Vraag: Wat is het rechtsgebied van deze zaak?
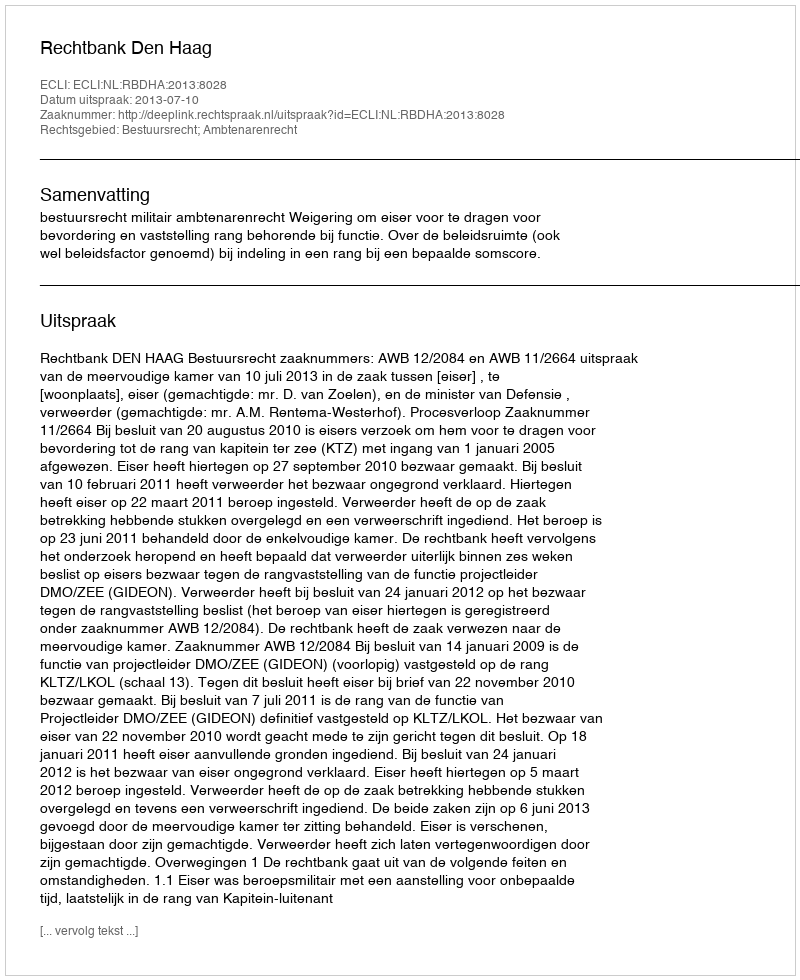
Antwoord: Bestuursrecht; Ambtenarenrecht